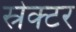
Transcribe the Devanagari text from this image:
स्रेक्टर